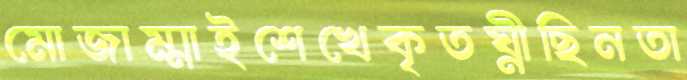
মোজাম্মাইশেখেকৃতঘ্নীছিনতা